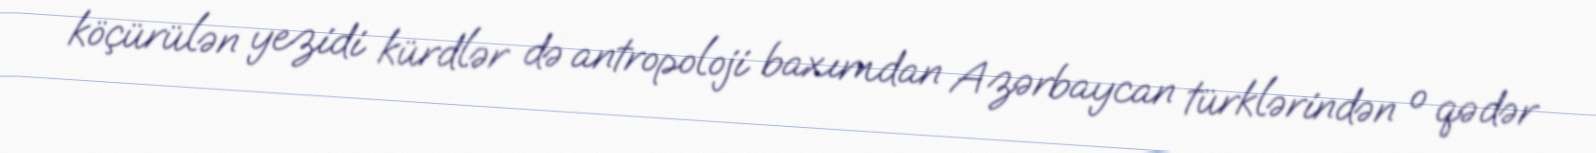
köçürülən yezidi kürdlər də antropoloji baxımdan Azərbaycan türklərindən o qədər